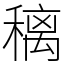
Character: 䅻